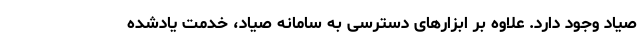
صیاد وجود دارد. علاوه بر ابزارهای دسترسی به سامانه صیاد، خدمت یادشده